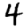
Digit: 4